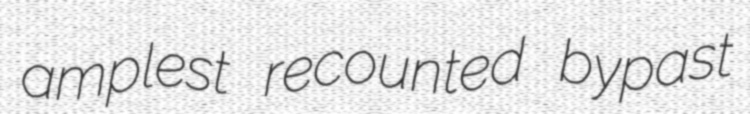
amplest recounted bypast